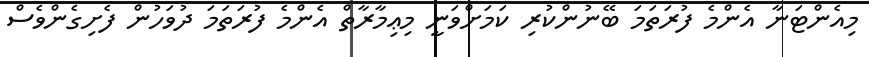
މިއެންޓަނާ އެންމެ ފުރަތަމަ ބޭނުންކުރި ކަމަށްވަނީ މިޢިމާރާތް އެންމެ ފުރަތަމަ ދުވަހުން ފެށިގެންވެސް